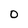
Character: 0